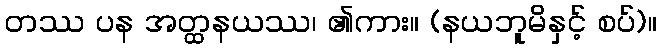
တဿ ပန အတ္ထနယဿ၊ ၏ကား။ (နယဘူမိနှင့် စပ်)။